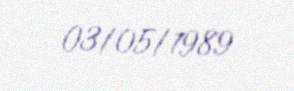
03/05/1989